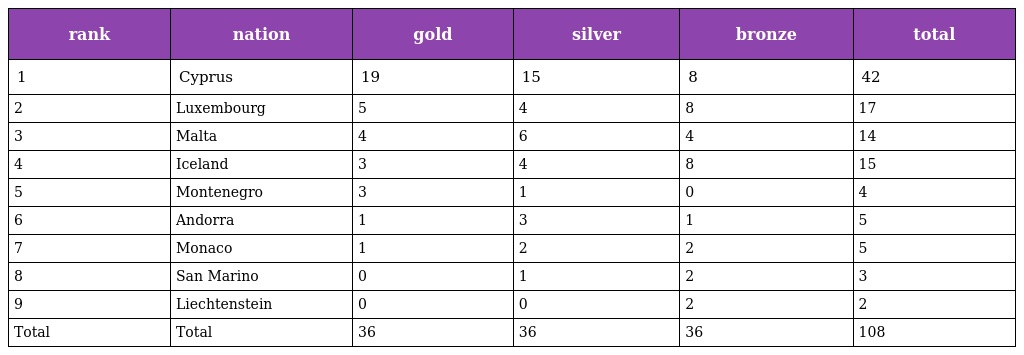
| rank | nation | gold | silver | bronze | total |
 | --- | --- | --- | --- | --- | --- |
 | 1 | Cyprus | 19 | 15 | 8 | 42 |
 | 2 | Luxembourg | 5 | 4 | 8 | 17 |
 | 3 | Malta | 4 | 6 | 4 | 14 |
 | 4 | Iceland | 3 | 4 | 8 | 15 |
 | 5 | Montenegro | 3 | 1 | 0 | 4 |
 | 6 | Andorra | 1 | 3 | 1 | 5 |
 | 7 | Monaco | 1 | 2 | 2 | 5 |
 | 8 | San Marino | 0 | 1 | 2 | 3 |
 | 9 | Liechtenstein | 0 | 0 | 2 | 2 |
 | Total | Total | 36 | 36 | 36 | 108 |